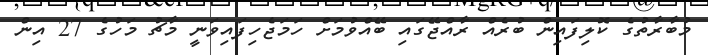
މުބާރާތުގެ ކޮލިފައިން ބުރެއް ރާއްޖޭގައި ބޭއްވުމަށް ހަމަޖެހިފައިވަނީ މާޗު މަހުގެ 27 އިން